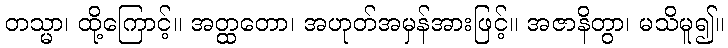
တသ္မာ၊ ထို့ကြောင့်။ အတ္ထတော၊ အဟုတ်အမှန်အားဖြင့်။ အဇာနိတွာ၊ မသိမူ၍။